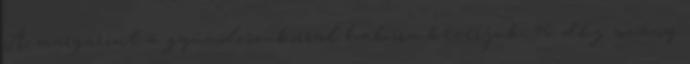
A margarint a gyümölcscukorral habosra keverjük. 40 dkg sovány